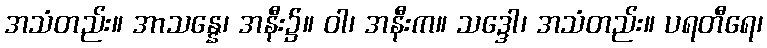
အသံတည်း။ အာသန္နေ၊ အနီး၌။ ဝါ၊ အနီးက။ သဒ္ဒေါ၊ အသံတည်း။ ပရတီရေ၊